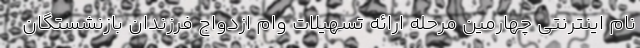
نام اینترنتی چهارمین مرحله ارائه تسهیلات وام ازدواج فرزندان بازنشستگان